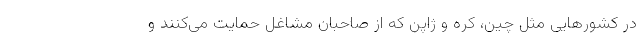
در کشورهایی مثل چین، کره و ژاپن که از صاحبان مشاغل حمایت می‌کنند و